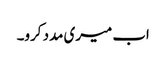
اب میری مدد کرو۔